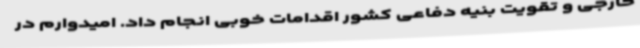
خارجی و تقویت بنیه دفاعی کشور اقدامات خوبی انجام داد. امیدوارم در